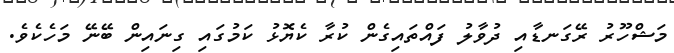
މަޝްހޫރު ރޭގަނޑާއި ދުވާލު ފައްތައިގެން ކުރާ ކެޔޮޅު ކަމުގައި ގިނައިން ބޭނޭ މަހެކެވެ.